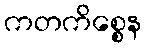
ကတကိစ္စေန